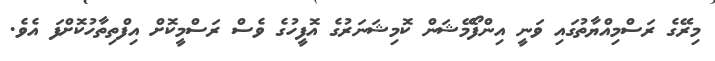
މިރޭގެ ރަސްމިއްޔާތުގައި ވަނީ އިންފޯމޭޝަން ކޮމިޝަނަރުގެ އޮފީހުގެ ވެސް ރަސްމީކޮށް އިފްތިތާހުކޮށްފަ އެވެ.